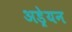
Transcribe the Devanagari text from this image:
अड्रेयन